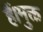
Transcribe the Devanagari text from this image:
हैं।मुक्त